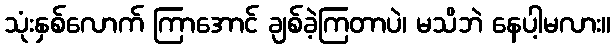
သုံးနှစ်လောက် ကြာအောင် ချစ်ခဲ့ကြတာပဲ၊ မသိဘဲ နေပါ့မလား။